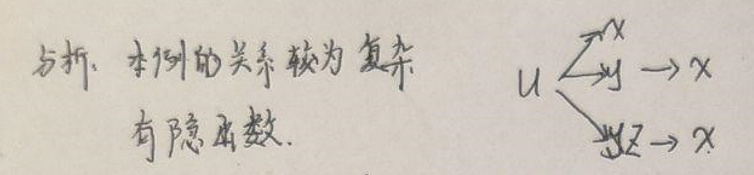
与析. 本例的关系较为复杂
有隐函数.
\[
u \begin{cases}
\xrightarrow{ x} x \\
\xrightarrow{xy} x \\
\xrightarrow{yz} x
\end{cases}
\]